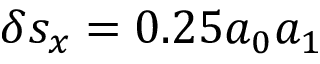
\delta s _ { x } = 0 . 2 5 a _ { 0 } a _ { 1 }